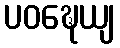
ပဝဍ္ဎေယျ